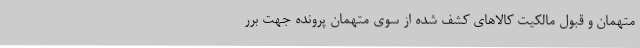
متهمان و قبول مالکیت کالاهای کشف شده از سوی متهمان پرونده جهت برر